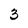
Character: 3